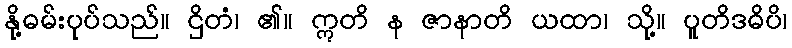
နို့ဓမ်းပုပ်သည်။ ဌိတံ၊ ၏။ ဣတိ န ဇာနာတိ ယထာ၊ သို့။ ပူတိဒဓိပိ၊